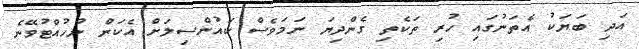
އަދި ބަޔަކު އެތަނުގައި ހުރި ތަކެތި ގެންދިޔަ ނަމަވެސް ކައުންސިލަށް އެކަން ނުހުއްޓުވޭނެ